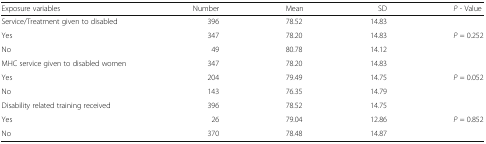
| Exposure variables | Number | Mean | SD | P - Value |
 | --- | --- | --- | --- | --- |
 | Service/Treatment given to disabled | 396 | 78.52 | 14.83 |  |
 | Yes | 347 | 78.20 | 14.83 | <ROWSPAN=2> P = 0.252 |
 | No | 49 | 80.78 | 14.12 |
 | MHC service given to disabled women | 347 | 78.20 | 14.83 |  |
 | Yes | 204 | 79.49 | 14.75 | <ROWSPAN=2> P = 0.052 |
 | No | 143 | 76.35 | 14.79 |
 | Disability related training received | 396 | 78.52 | 14.75 |  |
 | Yes | 26 | 79.04 | 12.86 | <ROWSPAN=2> P = 0.852 |
 | No | 370 | 78.48 | 14.87 |